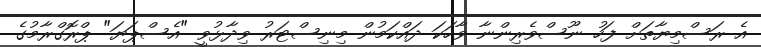
އެ ރަސްމިޔާތަށް ފަހު ނޫސްވެރިންނާ ވާހަކަ ދައްކަމުން މިނިސްޓަރު ވިދާޅުވީ "އެސްޕަޔަ" ޕްރޮގްރާމުގެ